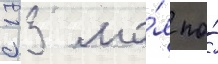
с 13 ма́я по́